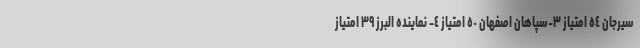
سیرجان ٥٤ امتیاز ٣-سپاهان اصفهان ٥٠ امتیاز ٤- نماینده البرز ٣٩ امتیاز